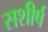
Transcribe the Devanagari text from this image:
सशीर्ष